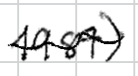
Text: 1987)
Cross-out: wave
Writing tool: digital_black